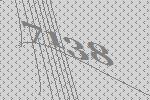
7138